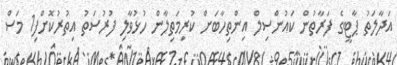
އަދާލަތު ޕާޓީގެ ފަރާތުން ކައުންސިލް އިންތިހާބަށް ކުރިމަތިލާން ހުޅުވާލި ފުރުސަތު އިތުރުކޮށްފި1 މަސް